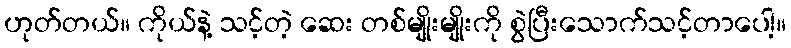
ဟုတ်တယ်။ ကိုယ်နဲ့ သင့်တဲ့ ဆေး တစ်မျိုးမျိုးကို စွဲပြီးသောက်သင့်တာပေါ့။